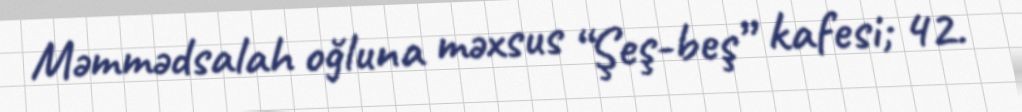
Məmmədsalah oğluna məxsus “Şeş-beş” kafesi; 42.